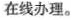
在线办理。